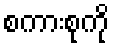
စကားစုကို